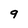
Character: 9